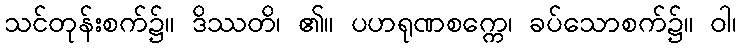
သင်တုန်းစက်၌။ ဒိဿတိ၊ ၏။ ပဟရုဏစက္ကေ၊ ခပ်သောစက်၌။ ဝါ၊